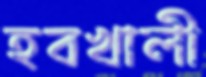
হবখালী